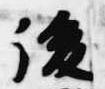
後